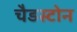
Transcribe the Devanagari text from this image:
चैडस्टोन